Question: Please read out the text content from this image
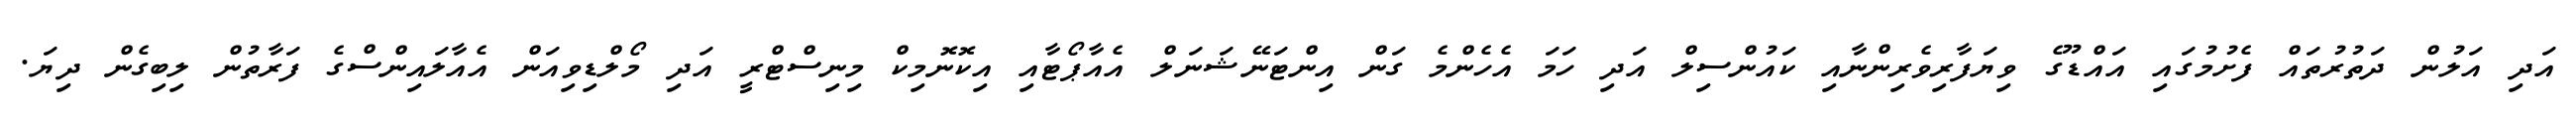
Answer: އަދި އަލުން ދަތުރުތައް ފެށުމުގައި އައްޑޫގެ ވިޔަފާރިވެރިންނާއި ކައުންސިލް އަދި ހަމަ އެހެންމެ ގަން އިންޓަނޭޝަނަލް އެއާޕޯޓާއި އިކޮނޮމިކް މިނިސްޓްރީ އަދި މޯލްޑިވިއަން އެއާލައިންސްގެ ފަރާތުން ލިބިގެން ދިޔަ.